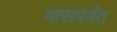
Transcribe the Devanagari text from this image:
मासपर्यंत